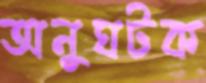
অনুঘটক